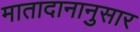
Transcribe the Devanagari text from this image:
मातादानानुसार